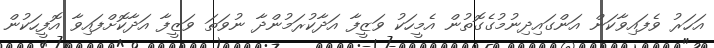
އަހަރު ވެފައިވާކަން އަންގައިދިނުމުގެގޮތުން އެމީހަކު ވަޒީފާ އަދާކުރަމުންދާ ނުވަތަ ވަޒީފާ އަދާކޮށްފައިވާ އޮފީހަކުން